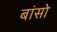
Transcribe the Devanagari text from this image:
बांसो